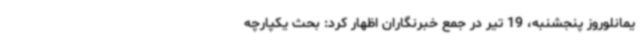
یمانلوروز پنجشنبه، 19 تیر در جمع خبرنگاران اظهار کرد: بحث یکپارچه